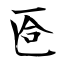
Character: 匼